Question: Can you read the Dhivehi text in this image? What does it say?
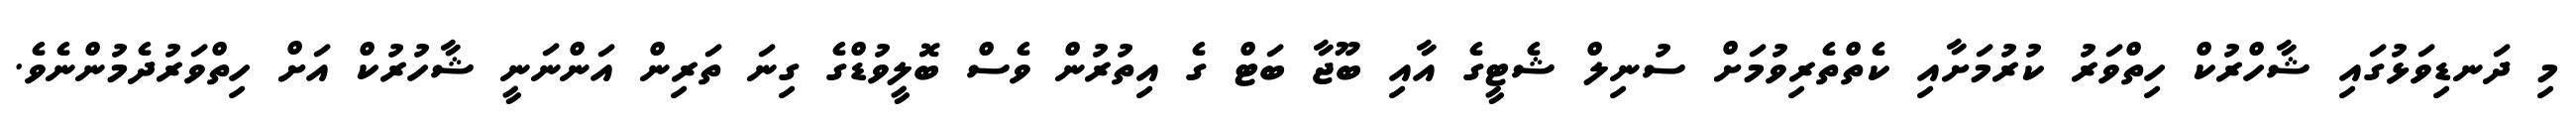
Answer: މި ދަނޑިވަޅުގައި ޝާހްރުކް ހިތްވަރު ކުރުމަށާއި ކެތްތެރިވުމަށް ސުނިލް ޝެޓީގެ އާއި ބޫޖާ ބަޓް ގެ އިތުރުން ވެސް ބޮލީވުޑްގެ ގިނަ ތަރިން އަންނަނީ ޝާހުރުކް އަށް ހިތްވަރުދެމުންނެވެ.